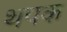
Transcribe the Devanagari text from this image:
थपक